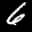
Label: 6